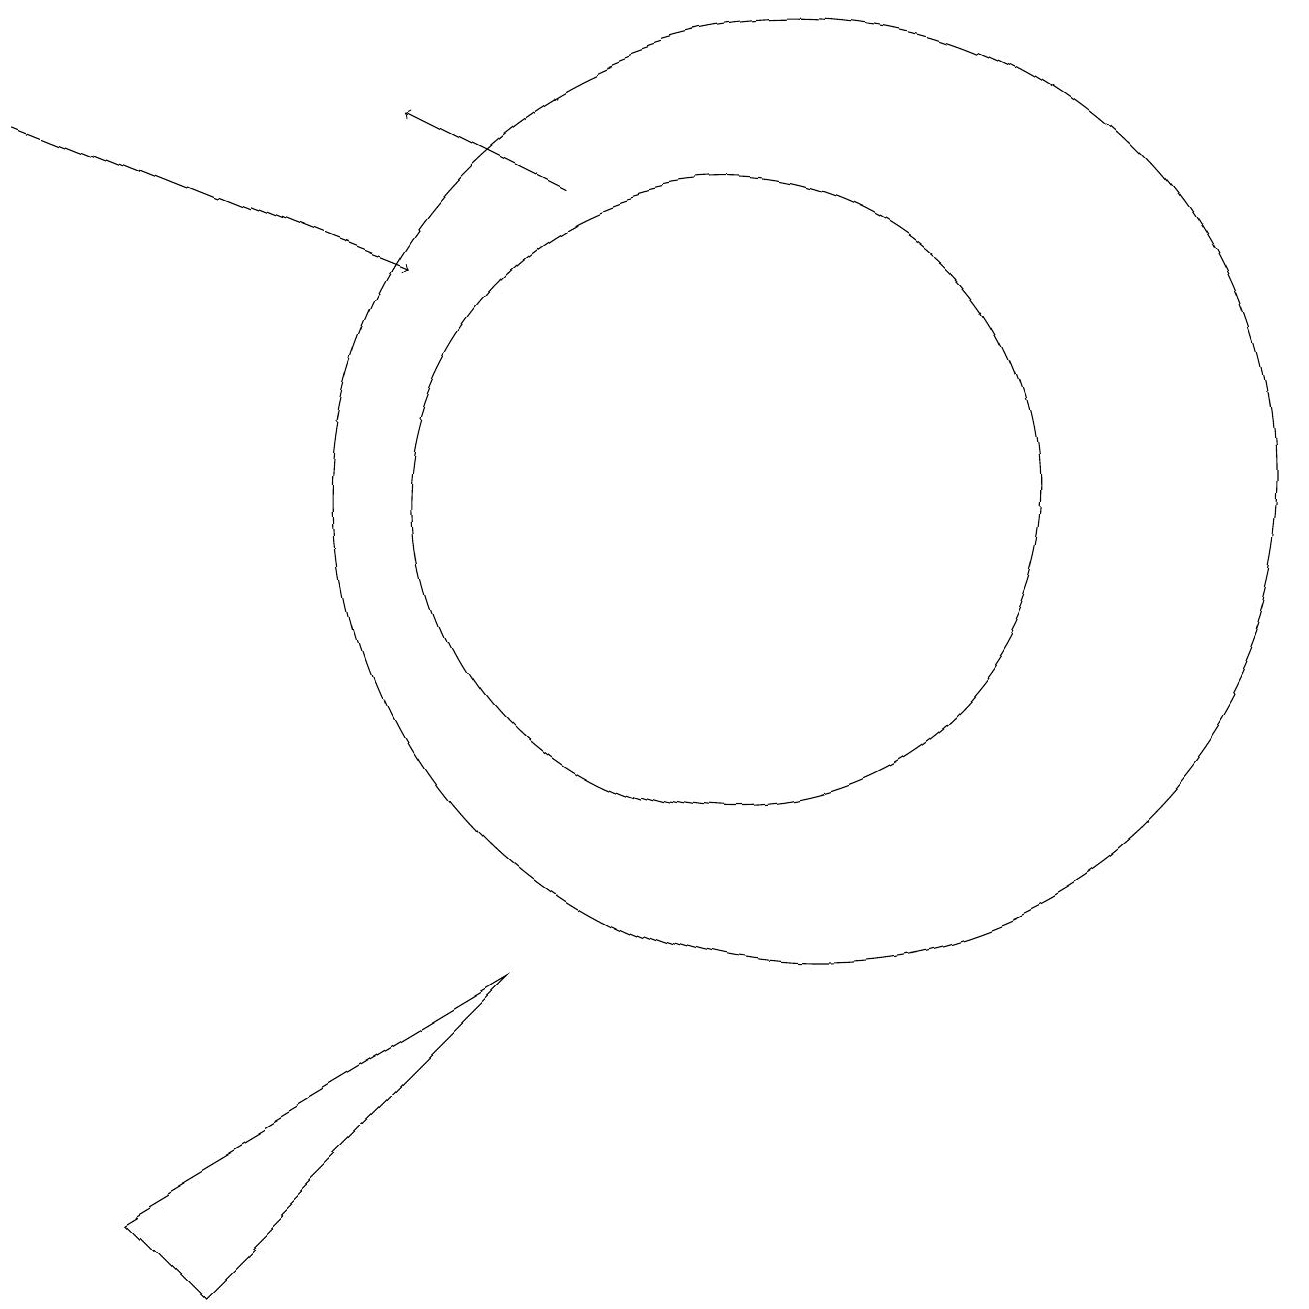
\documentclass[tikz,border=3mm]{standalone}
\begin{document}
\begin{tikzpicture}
\draw[->] (8,15) -- (6,16);
\draw[->] (1,16) -- (6,14);
\draw (10,11) circle (4);
\draw (11,11) circle (6);
\draw (3,1) -- (2,2) -- (7,5) -- cycle;
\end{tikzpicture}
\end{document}